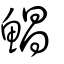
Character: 鯧